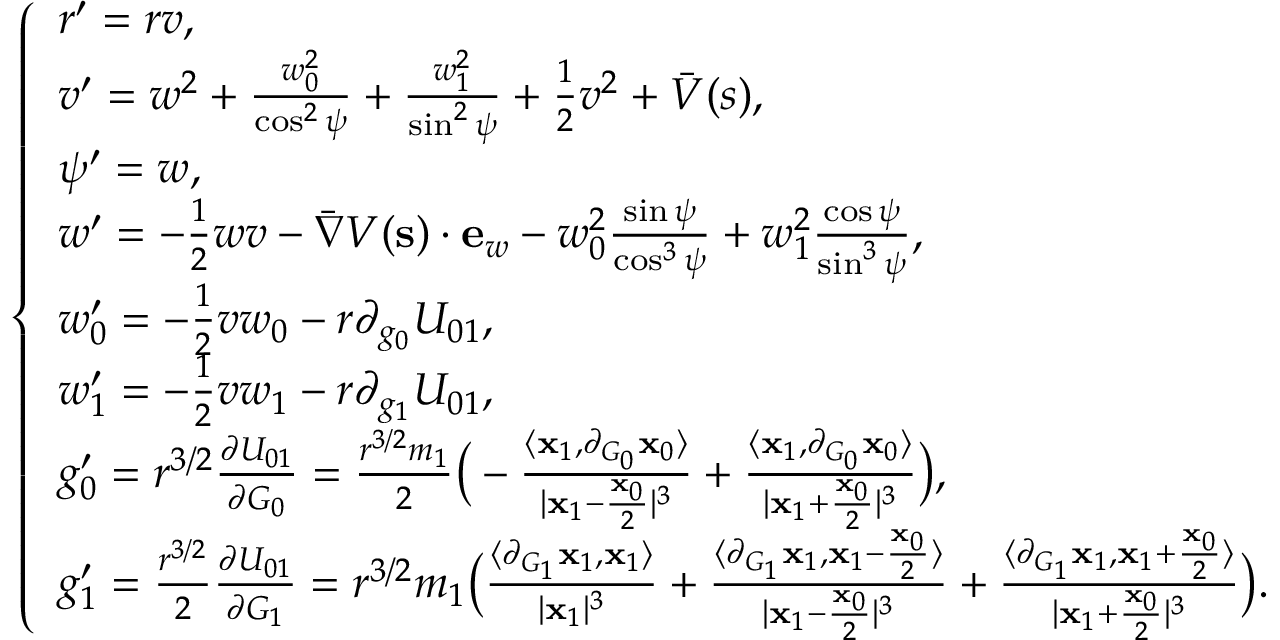
\left\{ \begin{array} { l l } { r ^ { \prime } = r v , } \\ { v ^ { \prime } = w ^ { 2 } + \frac { w _ { 0 } ^ { 2 } } { \cos ^ { 2 } \psi } + \frac { w _ { 1 } ^ { 2 } } { \sin ^ { 2 } \psi } + \frac { 1 } { 2 } v ^ { 2 } + \bar { V } ( s ) , } \\ { \psi ^ { \prime } = w , } \\ { w ^ { \prime } = - \frac { 1 } { 2 } w v - \bar { \nabla } V ( \mathbf { s } ) \cdot \mathbf { e } _ { w } - w _ { 0 } ^ { 2 } \frac { \sin \psi } { \cos ^ { 3 } \psi } + w _ { 1 } ^ { 2 } \frac { \cos \psi } { \sin ^ { 3 } \psi } , } \\ { w _ { 0 } ^ { \prime } = - \frac { 1 } { 2 } v w _ { 0 } - r \partial _ { g _ { 0 } } U _ { 0 1 } , } \\ { w _ { 1 } ^ { \prime } = - \frac { 1 } { 2 } v w _ { 1 } - r \partial _ { g _ { 1 } } U _ { 0 1 } , } \\ { g _ { 0 } ^ { \prime } = r ^ { 3 / 2 } \frac { \partial U _ { 0 1 } } { \partial G _ { 0 } } = \frac { r ^ { 3 / 2 } m _ { 1 } } { 2 } \big ( - \frac { \langle \mathbf { x } _ { 1 } , \partial _ { G _ { 0 } } \mathbf { x } _ { 0 } \rangle } { | \mathbf { x } _ { 1 } - \frac { \mathbf { x } _ { 0 } } { 2 } | ^ { 3 } } + \frac { \langle \mathbf { x } _ { 1 } , \partial _ { G _ { 0 } } \mathbf { x } _ { 0 } \rangle } { | \mathbf { x } _ { 1 } + \frac { \mathbf { x } _ { 0 } } { 2 } | ^ { 3 } } \big ) , } \\ { g _ { 1 } ^ { \prime } = \frac { r ^ { 3 / 2 } } { 2 } \frac { \partial U _ { 0 1 } } { \partial G _ { 1 } } = r ^ { 3 / 2 } m _ { 1 } \big ( \frac { \langle \partial _ { G _ { 1 } } \mathbf { x } _ { 1 } , \mathbf { x } _ { 1 } \rangle } { | \mathbf { x } _ { 1 } | ^ { 3 } } + \frac { \langle \partial _ { G _ { 1 } } \mathbf { x } _ { 1 } , \mathbf { x } _ { 1 } - \frac { \mathbf { x } _ { 0 } } { 2 } \rangle } { | \mathbf { x } _ { 1 } - \frac { \mathbf { x } _ { 0 } } { 2 } | ^ { 3 } } + \frac { \langle \partial _ { G _ { 1 } } \mathbf { x } _ { 1 } , \mathbf { x } _ { 1 } + \frac { \mathbf { x } _ { 0 } } { 2 } \rangle } { | \mathbf { x } _ { 1 } + \frac { \mathbf { x } _ { 0 } } { 2 } | ^ { 3 } } \big ) . } \end{array} \right.